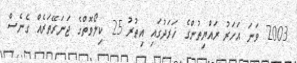
2003 ވަނަ އަހަރު ރައްޔިތުންގެ ޚަރަދުގައި އިތުރު 25 ކިލޯވޮތްގެ ޖަނަރޭތަރެއް ގެނެސް